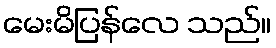
မေးမိပြန်လေ သည်။